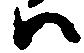
ハ